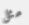
مثل